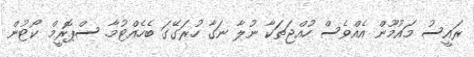
ރައީސު މައުމޫން އެއްވެސް ހުއްޖަތަކާ ނުލާ ނަގާ ހުރަގޭގަ ބެހެއްޓުމާ. ސްޕޮރީމް ކޯޓުން